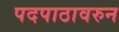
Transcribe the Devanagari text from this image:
पदपाठावरुन